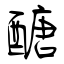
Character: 醣